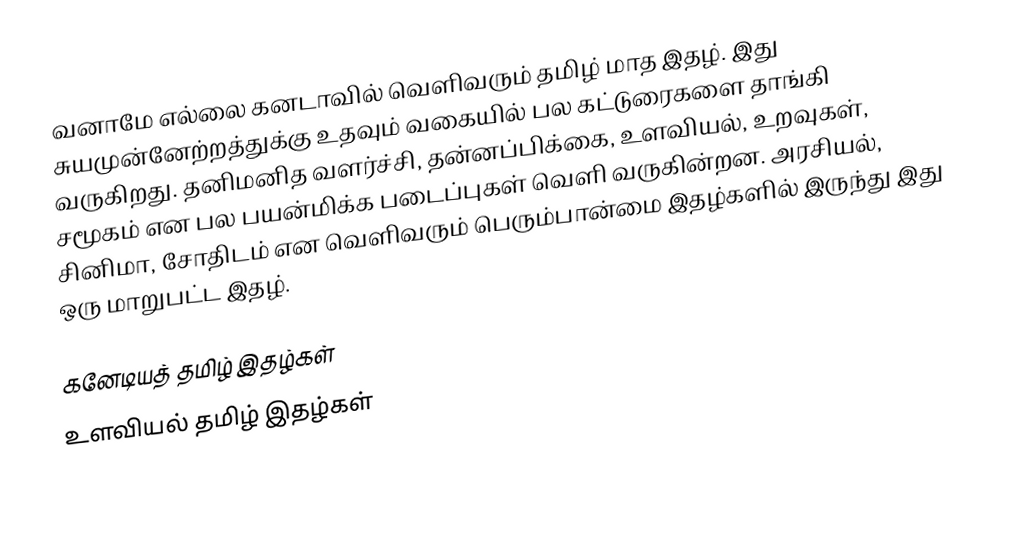
வனாமே எல்லை கனடாவில் வெளிவரும் தமிழ் மாத இதழ்.  இது சுயமுன்னேற்றத்துக்கு உதவும் வகையில் பல கட்டுரைகளை தாங்கி வருகிறது.  தனிமனித வளர்ச்சி, தன்னப்பிக்கை,  உளவியல், உறவுகள், சமூகம் என பல பயன்மிக்க படைப்புகள் வெளி வருகின்றன.  அரசியல், சினிமா, சோதிடம் என வெளிவரும் பெரும்பான்மை இதழ்களில் இருந்து இது ஒரு மாறுபட்ட இதழ்.

கனேடியத் தமிழ் இதழ்கள்
உளவியல் தமிழ் இதழ்கள்